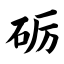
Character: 砺